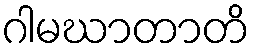
ဂါမဃာတာတိ